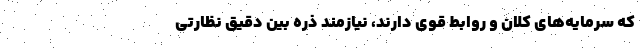
که سرمایه‌های کلان و روابط قوی دارند، نیازمند ذره بین دقیق نظارتی